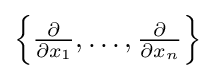
{\textstyle \left\{{\frac {\partial }{\partial x_{1}}},\ldots ,{\frac {\partial }{\partial x_{n}}}\right\}}